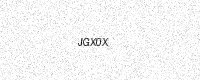
Text: JGX0X